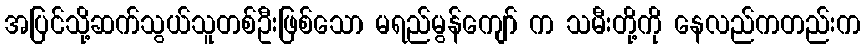
အပြင်သို့ဆက်သွယ်သူတစ်ဦးဖြစ်သော မရည်မွန်ကျော် က သမီးတို့ကို နေလည်ကတည်းက